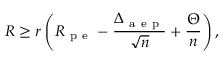
R \geq r \left( R _ { \mathrm { ~ p ~ e ~ } } - \frac { \Delta _ { \mathrm { ~ a ~ e ~ p ~ } } } { \sqrt { n } } + \frac { \Theta } { n } \right) ,